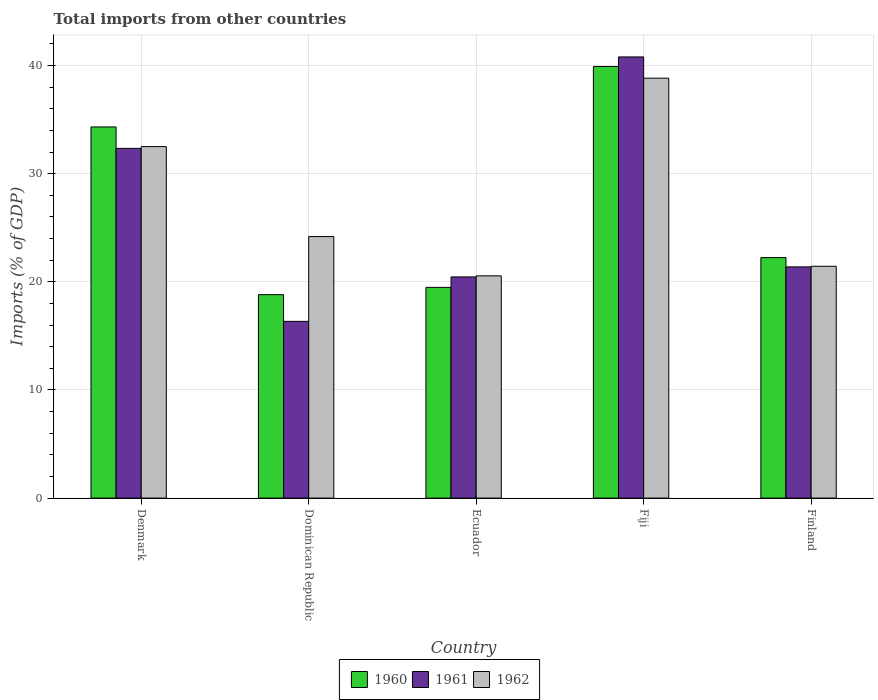
| Country | 1960 | 1961 | 1962 |
 | --- | --- | --- | --- |
 | Denmark | 34.3 | 32.3 | 32.5 |
 | Dominican Republic | 18.8 | 16.3 | 24.2 |
 | Ecuador | 19.5 | 20.5 | 20.6 |
 | Fiji | 39.9 | 40.8 | 38.8 |
 | Finland | 22.2 | 21.4 | 21.4 |